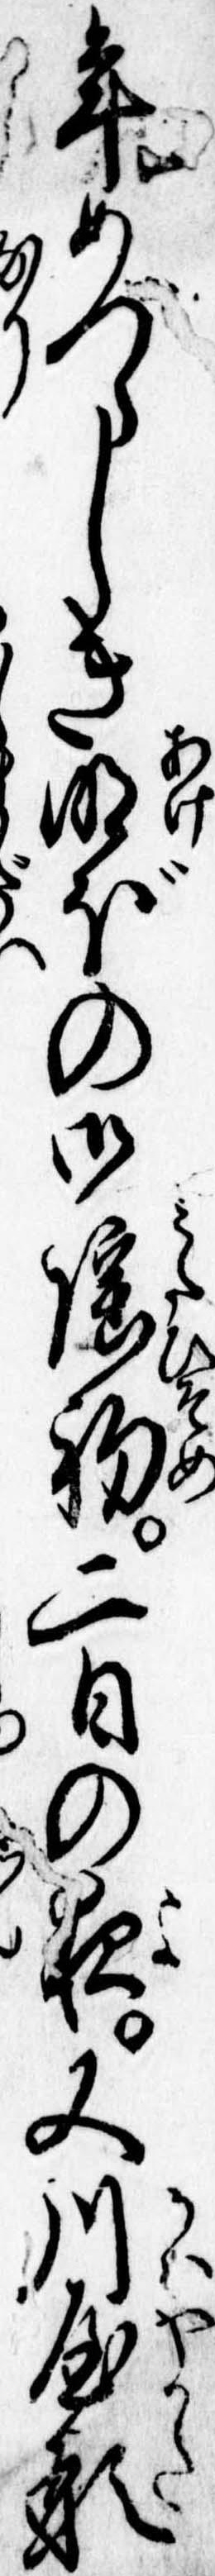
年めづらしき明ぼの御謡初二日の夜又川屋形